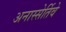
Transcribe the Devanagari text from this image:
अनास्सेर्तिवे